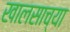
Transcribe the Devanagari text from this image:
खालसाच्या